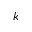
k